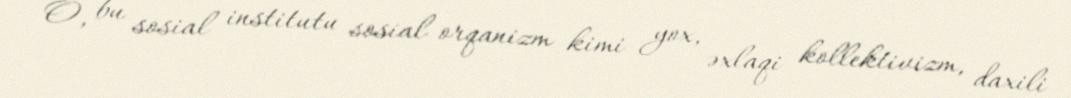
O, bu sosial institutu sosial orqanizm kimi yox, əxlaqi kollektivizm, daxili